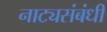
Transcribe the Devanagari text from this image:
नाट्यसंबंधी